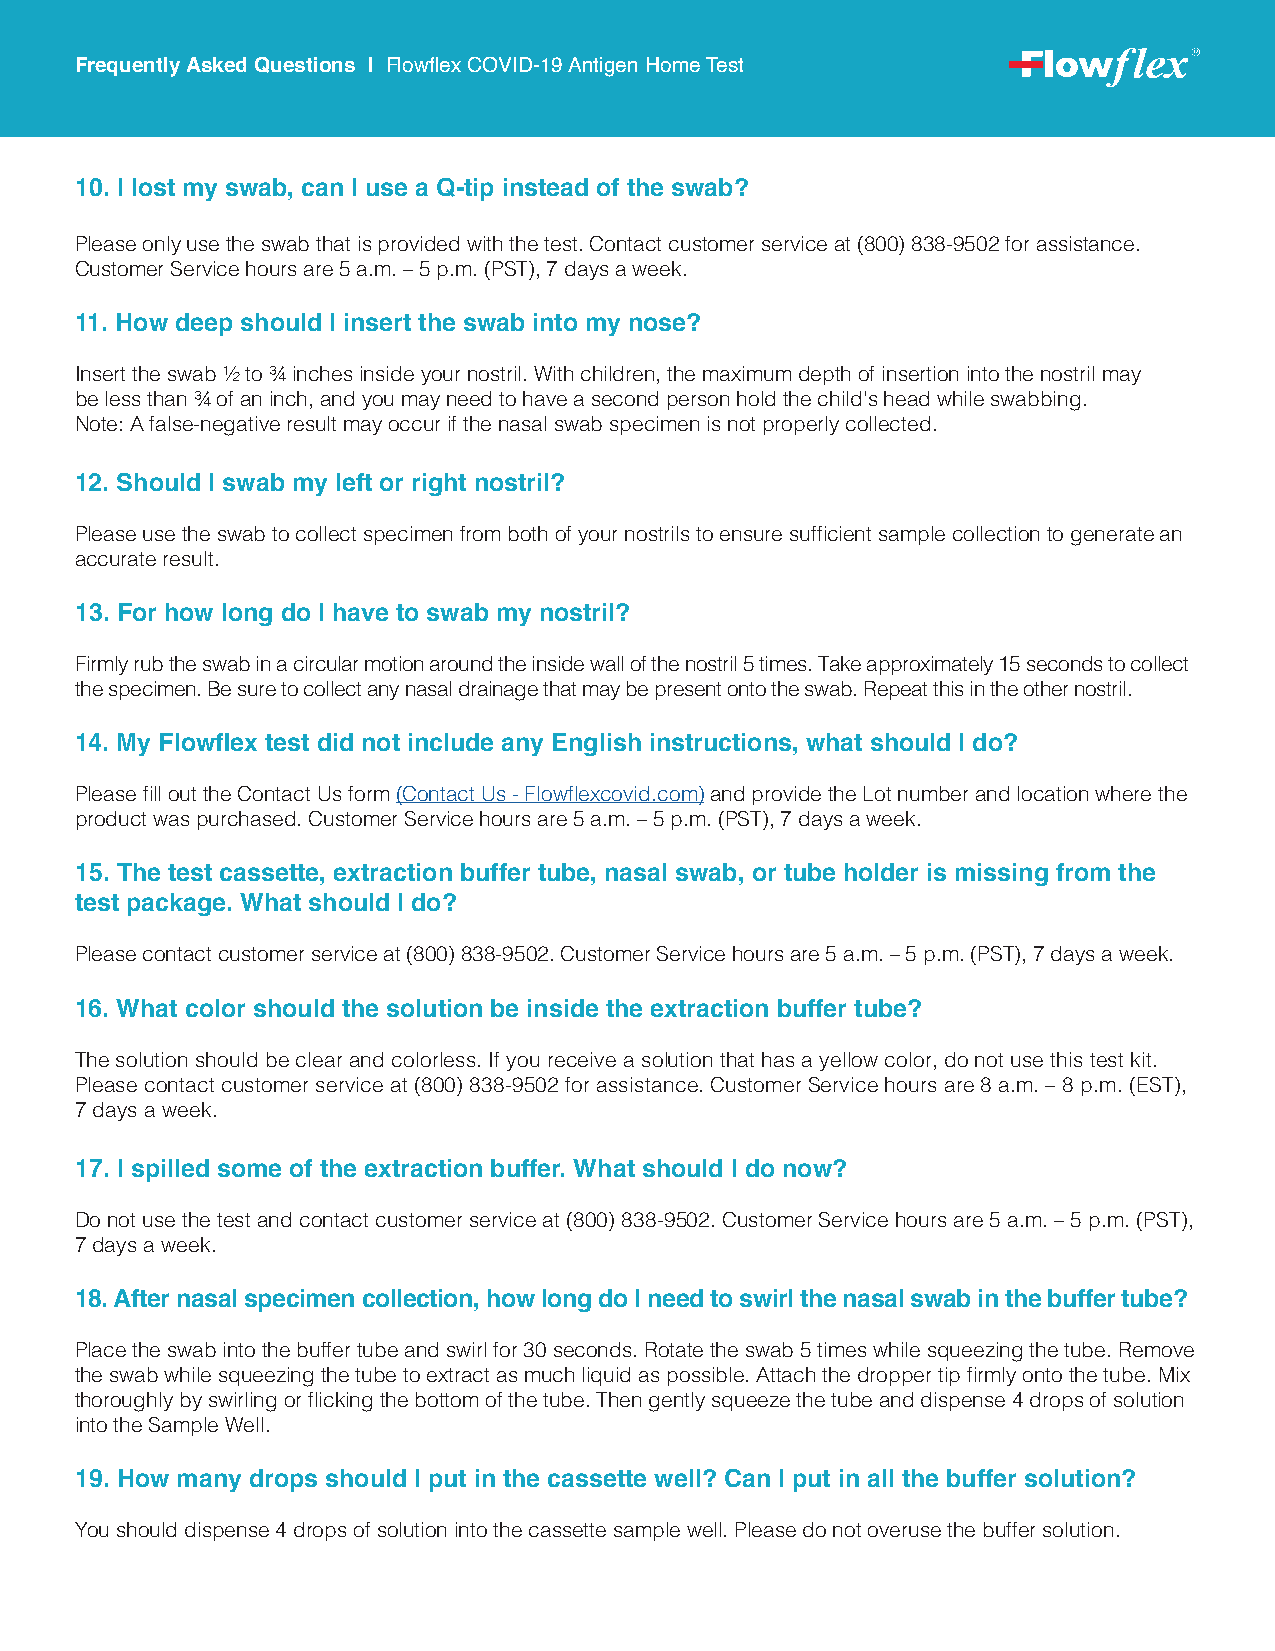
Frequently Asked Questions | Flowflex COVID-19 Antigen Home Test
 10. I lost my swab, can I use a Q-tip instead of the swab?
 Please only use the swab that is provided with the test. Contact customer service at (800) 838-9502 for assistance.
 Customer Service hours are 5 a.m. – 5 p.m. (PST), 7 days a week.
 11. How deep should I insert the swab into my nose?
 Insert the swab ½ to ¾ inches inside your nostril. With children, the maximum depth of insertion into the nostril may
 be less than ¾ of an inch, and you may need to have a second person hold the child’s head while swabbing.
 Note: A false-negative result may occur if the nasal swab specimen is not properly collected.
 12. Should I swab my left or right nostril?
 Please use the swab to collect specimen from both of your nostrils to ensure sufficient sample collection to generate an
 accurate result.
 13. For how long do I have to swab my nostril?
 Firmly rub the swab in a circular motion around the inside wall of the nostril 5 times. Take approximately 15 seconds to collect
 the specimen. Be sure to collect any nasal drainage that may be present onto the swab. Repeat this in the other nostril.
 14. My Flowflex test did not include any English instructions, what should I do?
 Please fill out the Contact Us form (Contact Us - Flowflexcovid.com) and provide the Lot number and location where the
 product was purchased. Customer Service hours are 5 a.m. – 5 p.m. (PST), 7 days a week.
 15. The test cassette, extraction buffer tube, nasal swab, or tube holder is missing from the
 test package. What should I do?
 Please contact customer service at (800) 838-9502. Customer Service hours are 5 a.m. – 5 p.m. (PST), 7 days a week.
 16. What color should the solution be inside the extraction buffer tube?
 The solution should be clear and colorless. If you receive a solution that has a yellow color, do not use this test kit.
 Please contact customer service at (800) 838-9502 for assistance. Customer Service hours are 8 a.m. – 8 p.m. (EST),
 7 days a week.
 17. I spilled some of the extraction buffer. What should I do now?
 Do not use the test and contact customer service at (800) 838-9502. Customer Service hours are 5 a.m. – 5 p.m. (PST),
 7 days a week.
 18. After nasal specimen collection, how long do I need to swirl the nasal swab in the buffer tube?
 Place the swab into the buffer tube and swirl for 30 seconds. Rotate the swab 5 times while squeezing the tube. Remove
 the swab while squeezing the tube to extract as much liquid as possible. Attach the dropper tip firmly onto the tube. Mix
 thoroughly by swirling or flicking the bottom of the tube. Then gently squeeze the tube and dispense 4 drops of solution
 into the Sample Well.
 19. How many drops should I put in the cassette well? Can I put in all the buffer solution?
 You should dispense 4 drops of solution into the cassette sample well. Please do not overuse the buffer solution.